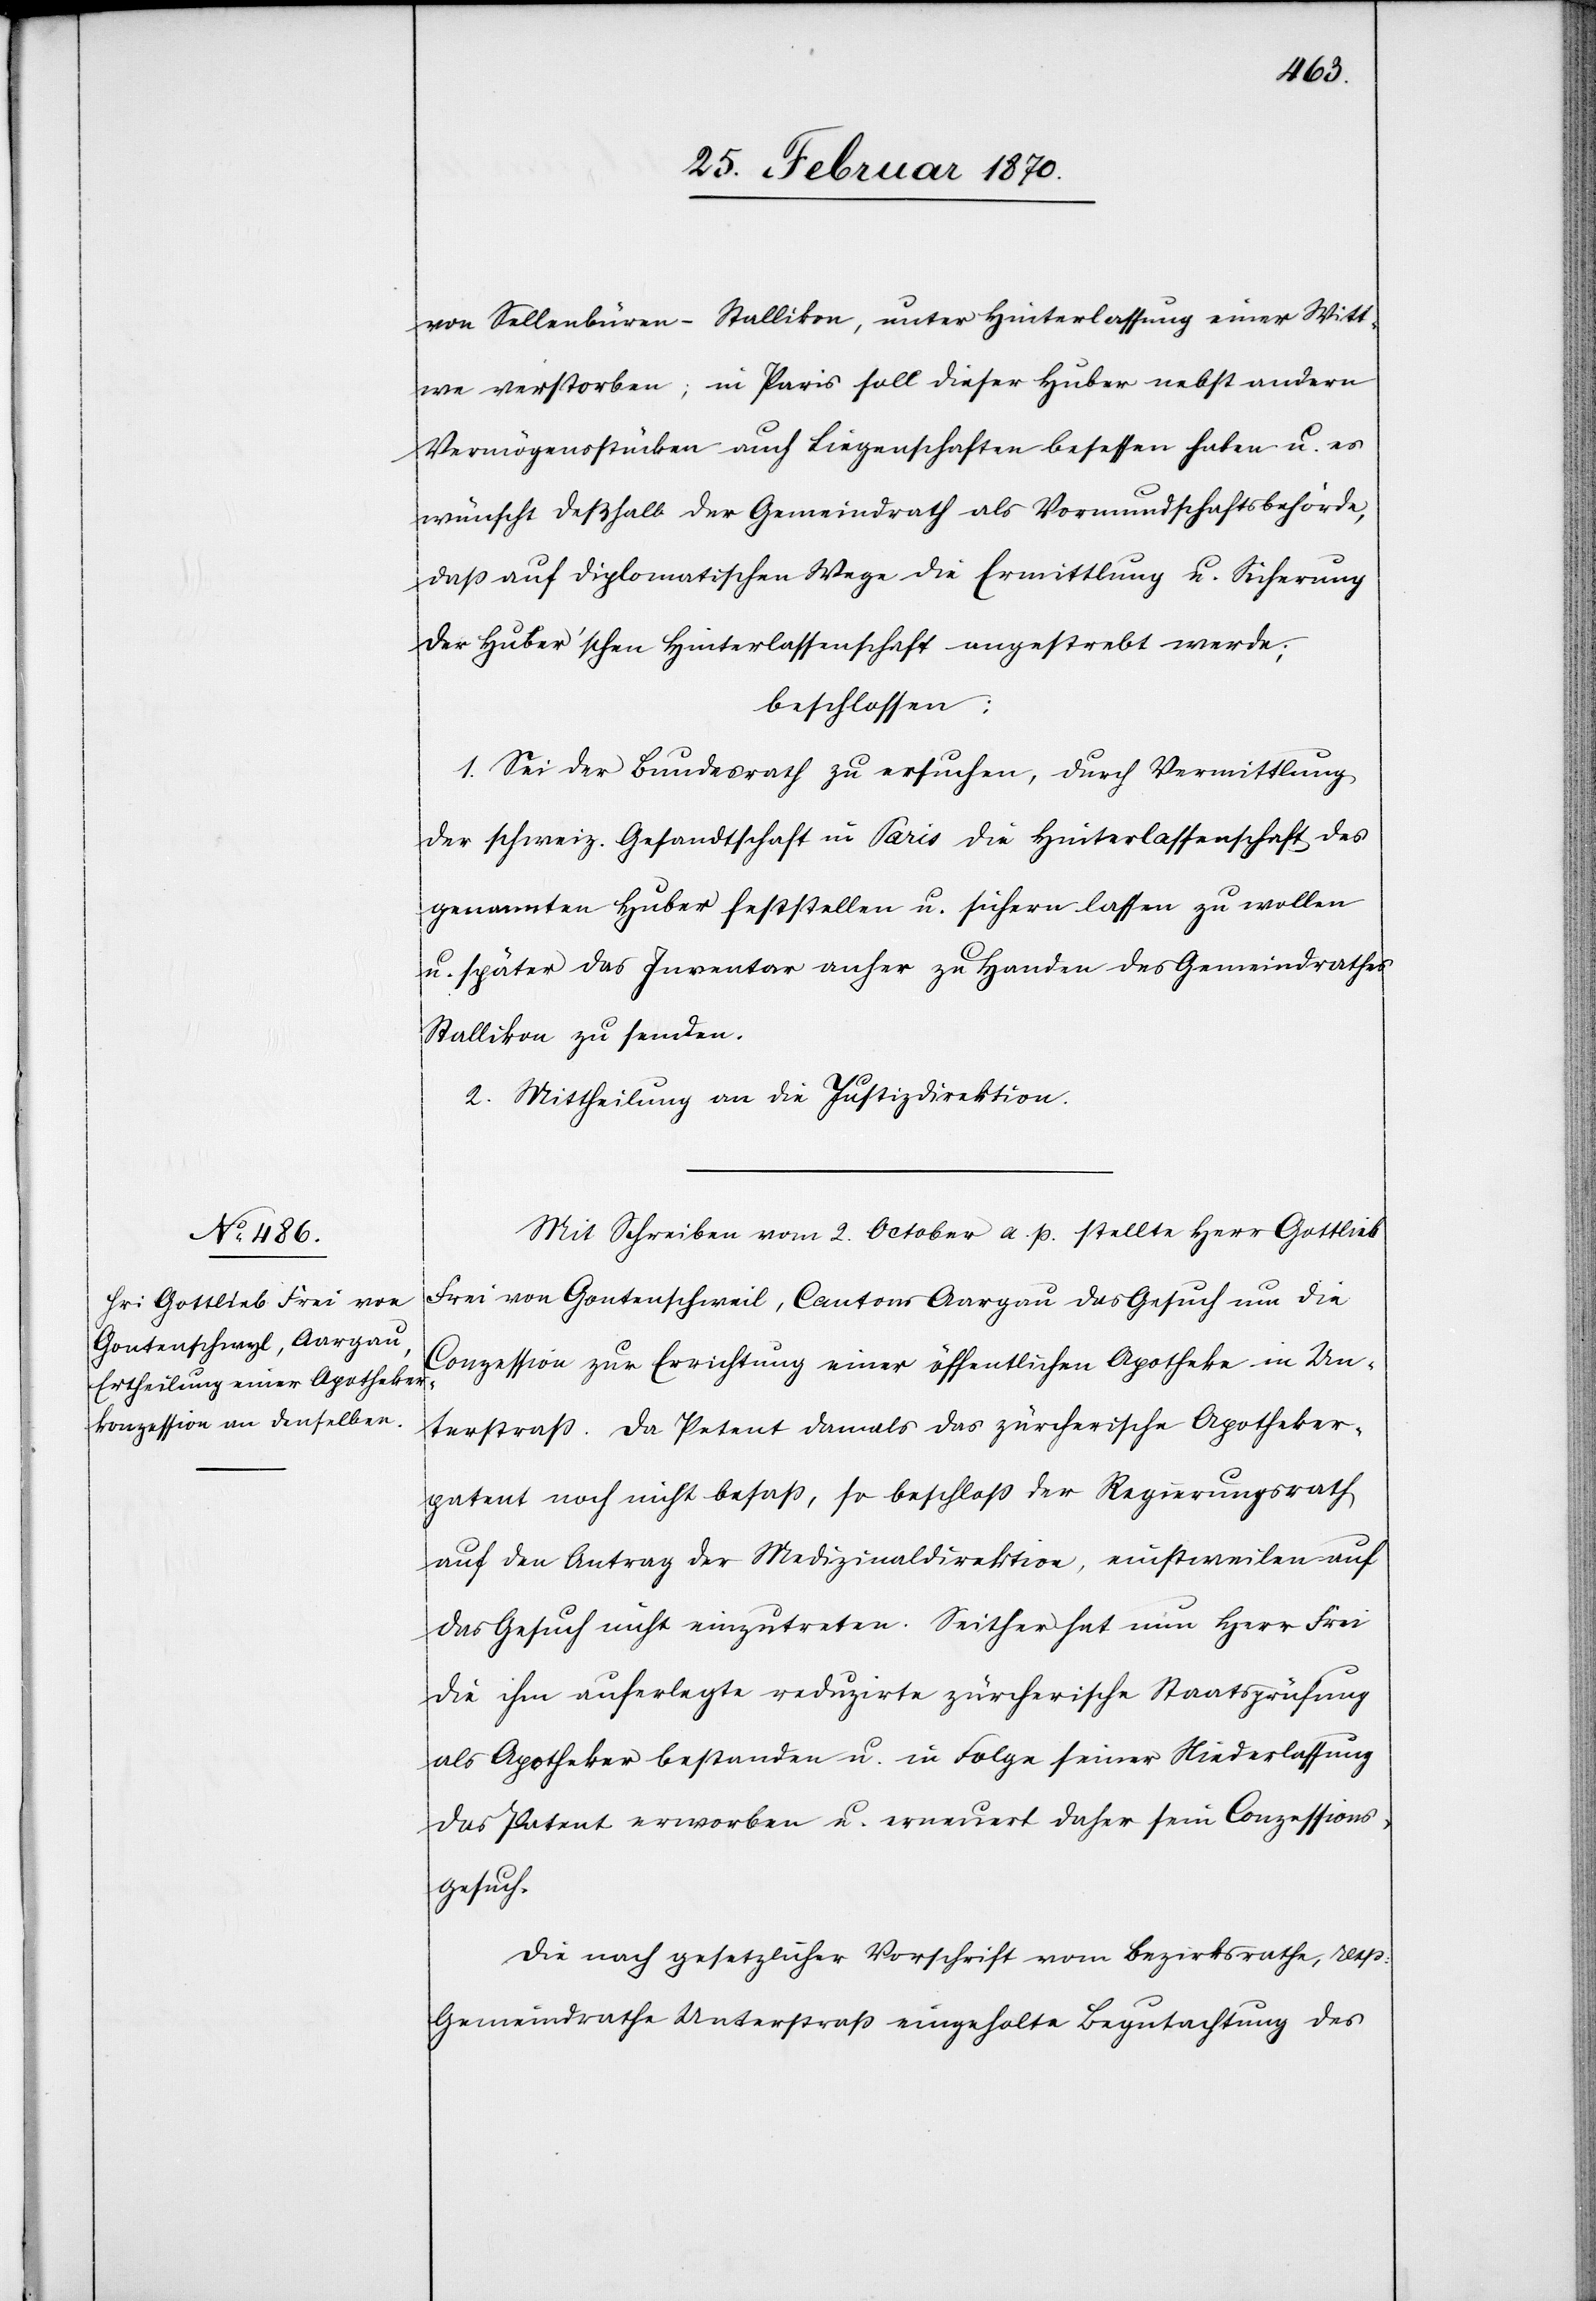
von Sellenbüren – Stallikon, unter Hinterlassung einer Witt¬
we verstorben; in Paris soll dieser Huber nebst andern
Vermögensstücken auch Liegenschaften besessen haben u. es
wünscht deßhalb der Gemeindrath als Vormundschaftsbehörde,
daß auf diplomatischen [sic!] Wege die Ermittlung u. Sicherung
der Huber’schen Hinterlassenschaft angestrebt werde;
beschlossen:
1. Sei der Bundesrath zu ersuchen, durch Vermittlung
der schweiz. Gesandtschaft in Paris die Hinterlassenschaft des
genannten Huber feststellen u. sichern lassen zu wollen
u. später das Inventar anher zu Handen des Gemeindrathes
Stallikon zu senden.
2. Mittheilung an die Justizdirektion.
Mit Schreiben vom 2. October a. p. stellte Herr Gottlieb
Frei von Gontenschweil [sic!], Cantons Aargau das Gesuch um die
Conzession zur Errichtung einer öffentlichen Apotheke in Un¬
terstraß. Da Petent damals das zürcherische Apotheker¬
patent noch nicht besaß, so beschloß der Regierungsrath
auf den Antrag der Medizinaldirektion, einstweilen auf
das Gesuch nicht einzutreten. Seither hat nun Herr Frei
die ihm auferlegte reduzirte zürcherische Staatsprüfung
als Apotheker bestanden u. in Folge seiner Niederlassung
das Patent erworben u. erneuert daher sein Conzessions¬
gesuch.
Die nach gesetzlicher Vorschrift vom Bezirksrathe, resp:
Gemeindrathe Unterstraß eingeholte Begutachtung des